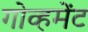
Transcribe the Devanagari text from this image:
गोव्हमेंट